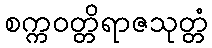
စက္ကဝတ္တိရာဇသုတ္တံ